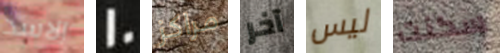
الاسد 10 مراكز آخر ليس سكنت